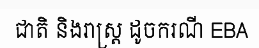
ជាតិ និងរាស្ត្រ ដូចករណី EBA